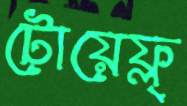
টোয়েফ্ল্